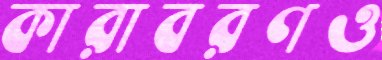
কারাবরণও